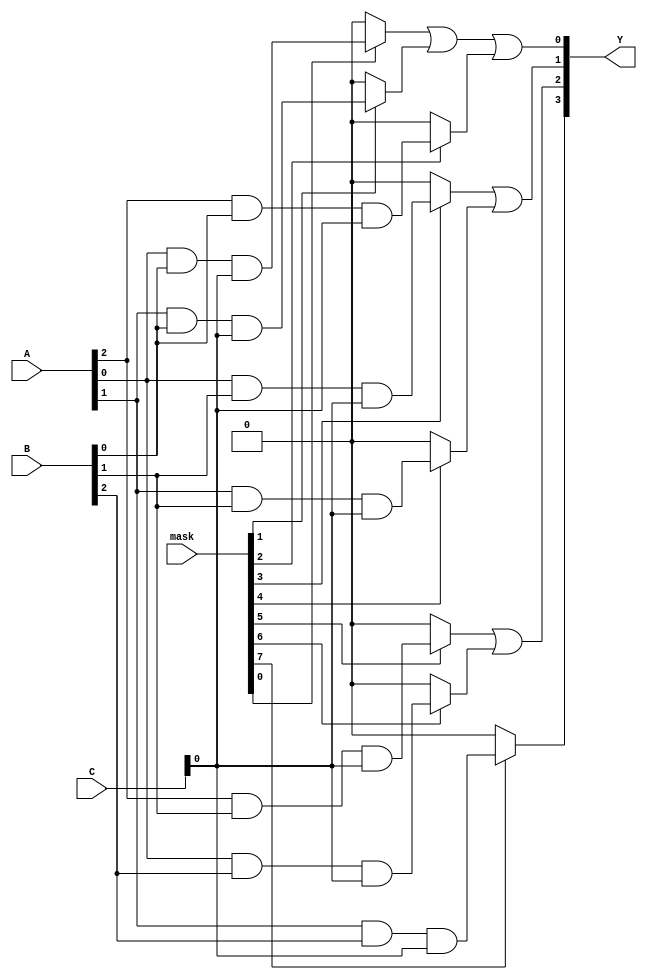
module masked_pal (
    input wire [2:0] A,        // Input signals (3 bits for example)
    input wire [2:0] B,        // Input signals (3 bits for example)
    input wire [2:0] C,        // Input signals (3 bits for example)
    input wire [7:0] mask,     // Masking signals for AND gates
    output wire [3:0] Y        // Output signals (4 outputs for example)
);

// Programmable AND array
wire [7:0] and_out; // Output of the AND gates

// AND gate implementations with masking
generate
    genvar i;
    for (i = 0; i < 8; i = i + 1) begin : and_array
        assign and_out[i] = (mask[i]) ? (A[i % 3] & B[(i / 3) % 3] & C[i / 9]) : 1'b0;
    end
endgenerate

// Fixed OR array
assign Y[0] = and_out[0] | and_out[1] | and_out[2]; // Example OR logic for output Y[0]
assign Y[1] = and_out[3] | and_out[4];             // Example OR logic for output Y[1]
assign Y[2] = and_out[5] | and_out[6];             // Example OR logic for output Y[2]
assign Y[3] = and_out[7];                           // Example OR logic for output Y[3]

endmodule